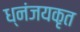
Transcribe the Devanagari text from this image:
ध्नंजयकृत